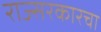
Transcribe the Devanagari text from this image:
राज्सरकारचा